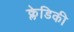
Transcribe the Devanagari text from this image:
क्लेडिकी